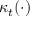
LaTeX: \kappa _ { t } ( \cdot )